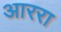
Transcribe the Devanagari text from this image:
आररा